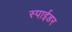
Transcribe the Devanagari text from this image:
स्पाईडर